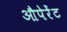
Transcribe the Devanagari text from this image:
औपेरेंट